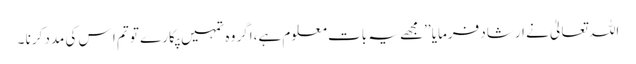
اللہ تعالیٰ نے ارشاد فرمایا ’’مجھے یہ بات معلوم ہے،اگر وہ تمہیں پکارے تو تم ا س کی مدد کرنا ۔